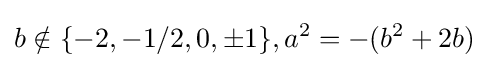
b\notin \{-2,-1/2,0,\pm 1\},a^{2}=-(b^{2}+2b)